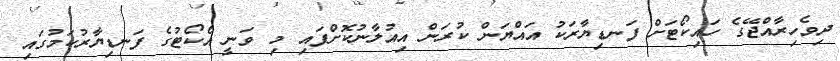
ދިވެހިރާއްޖޭގެ ހައިކޯޓަށް ފަނޑިޔާރަކު އައްޔަން ކުރަން އިއުލާނުކޮށްފައި މި ވަނީ އެކޯޓުގެ ފަނޑިޔާރުކަމުގައި